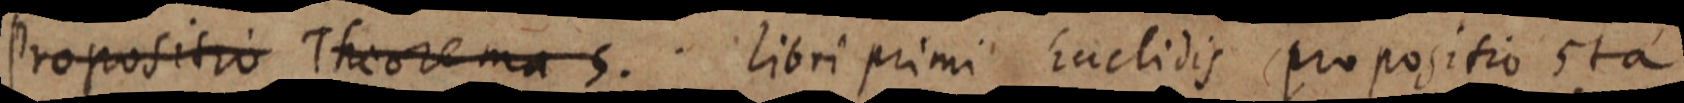
Propositio Theorema 5. Libri primi Euclidis propositio sta